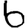
Digit: 6